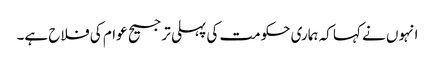
انہوں نے کہا کہ ہماری حکومت کی پہلی ترجیح عوام کی فلاح ہے۔